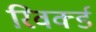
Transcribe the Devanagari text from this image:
रिवर्क्ड